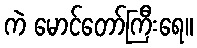
ကဲ မောင်တော်ကြီးရေ။